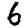
Digit: 6